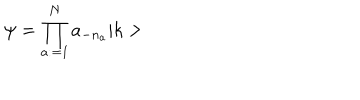
LaTeX: \psi = \prod _ { a : = 1 } ^ { N } a _ { - n _ { a } } \vert k >